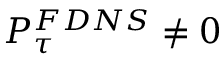
P _ { \tau } ^ { F D N S } \ne 0